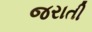
જરાતી